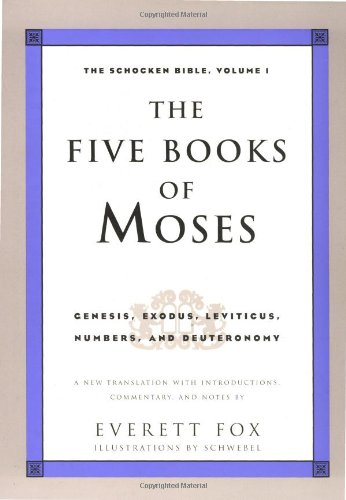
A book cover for The Five Books of Moses: Genesis, Exodus, Leviticus, Numbers, Deuteronomy (The Schocken Bible, Volume 1); Christian Books & Bibles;